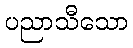
ပညာသီသော